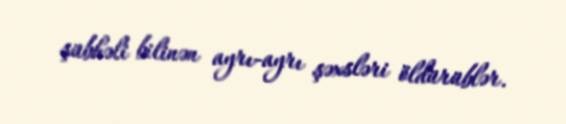
şübhəli bilinən ayrı-ayrı şəxsləri öldürüblər.